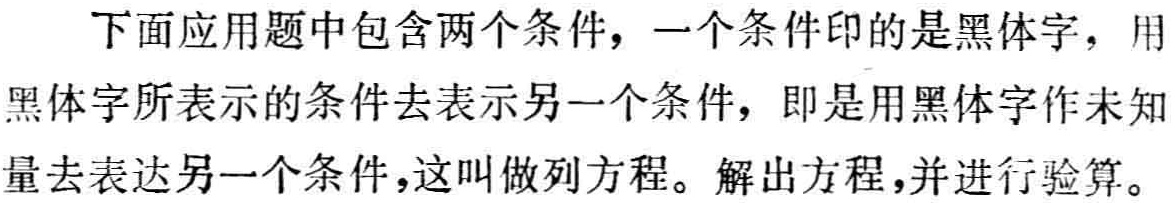
下面应用题中包含两个条件，一个条件印的是黑体字，用黑体字所表示的条件去表示另一个条件，即是用黑体字作未知量去表达另一个条件，这叫做列方程。解出方程，并进行验算。